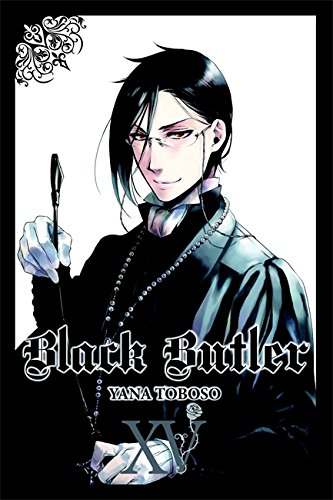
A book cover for Black Butler, Vol. 15; Comics & Graphic Novels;